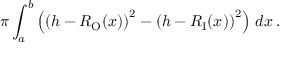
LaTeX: \pi \int _ { a } ^ { b } \left( \left( h - R _ { \mathrm { O } } ( x ) \right) ^ { 2 } - \left( h - R _ { \mathrm { I } } ( x ) \right) ^ { 2 } \right) \, d x \, .